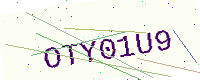
Text: OTY01U9